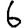
Digit: 6